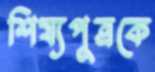
শিষ্যপুত্রকে